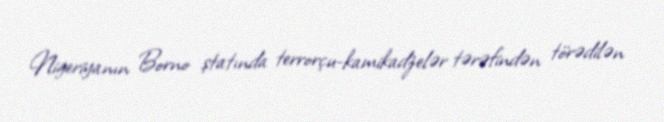
Nigeriyanın Borno ştatında terrorçu-kamikadzelər tərəfindən törədilən